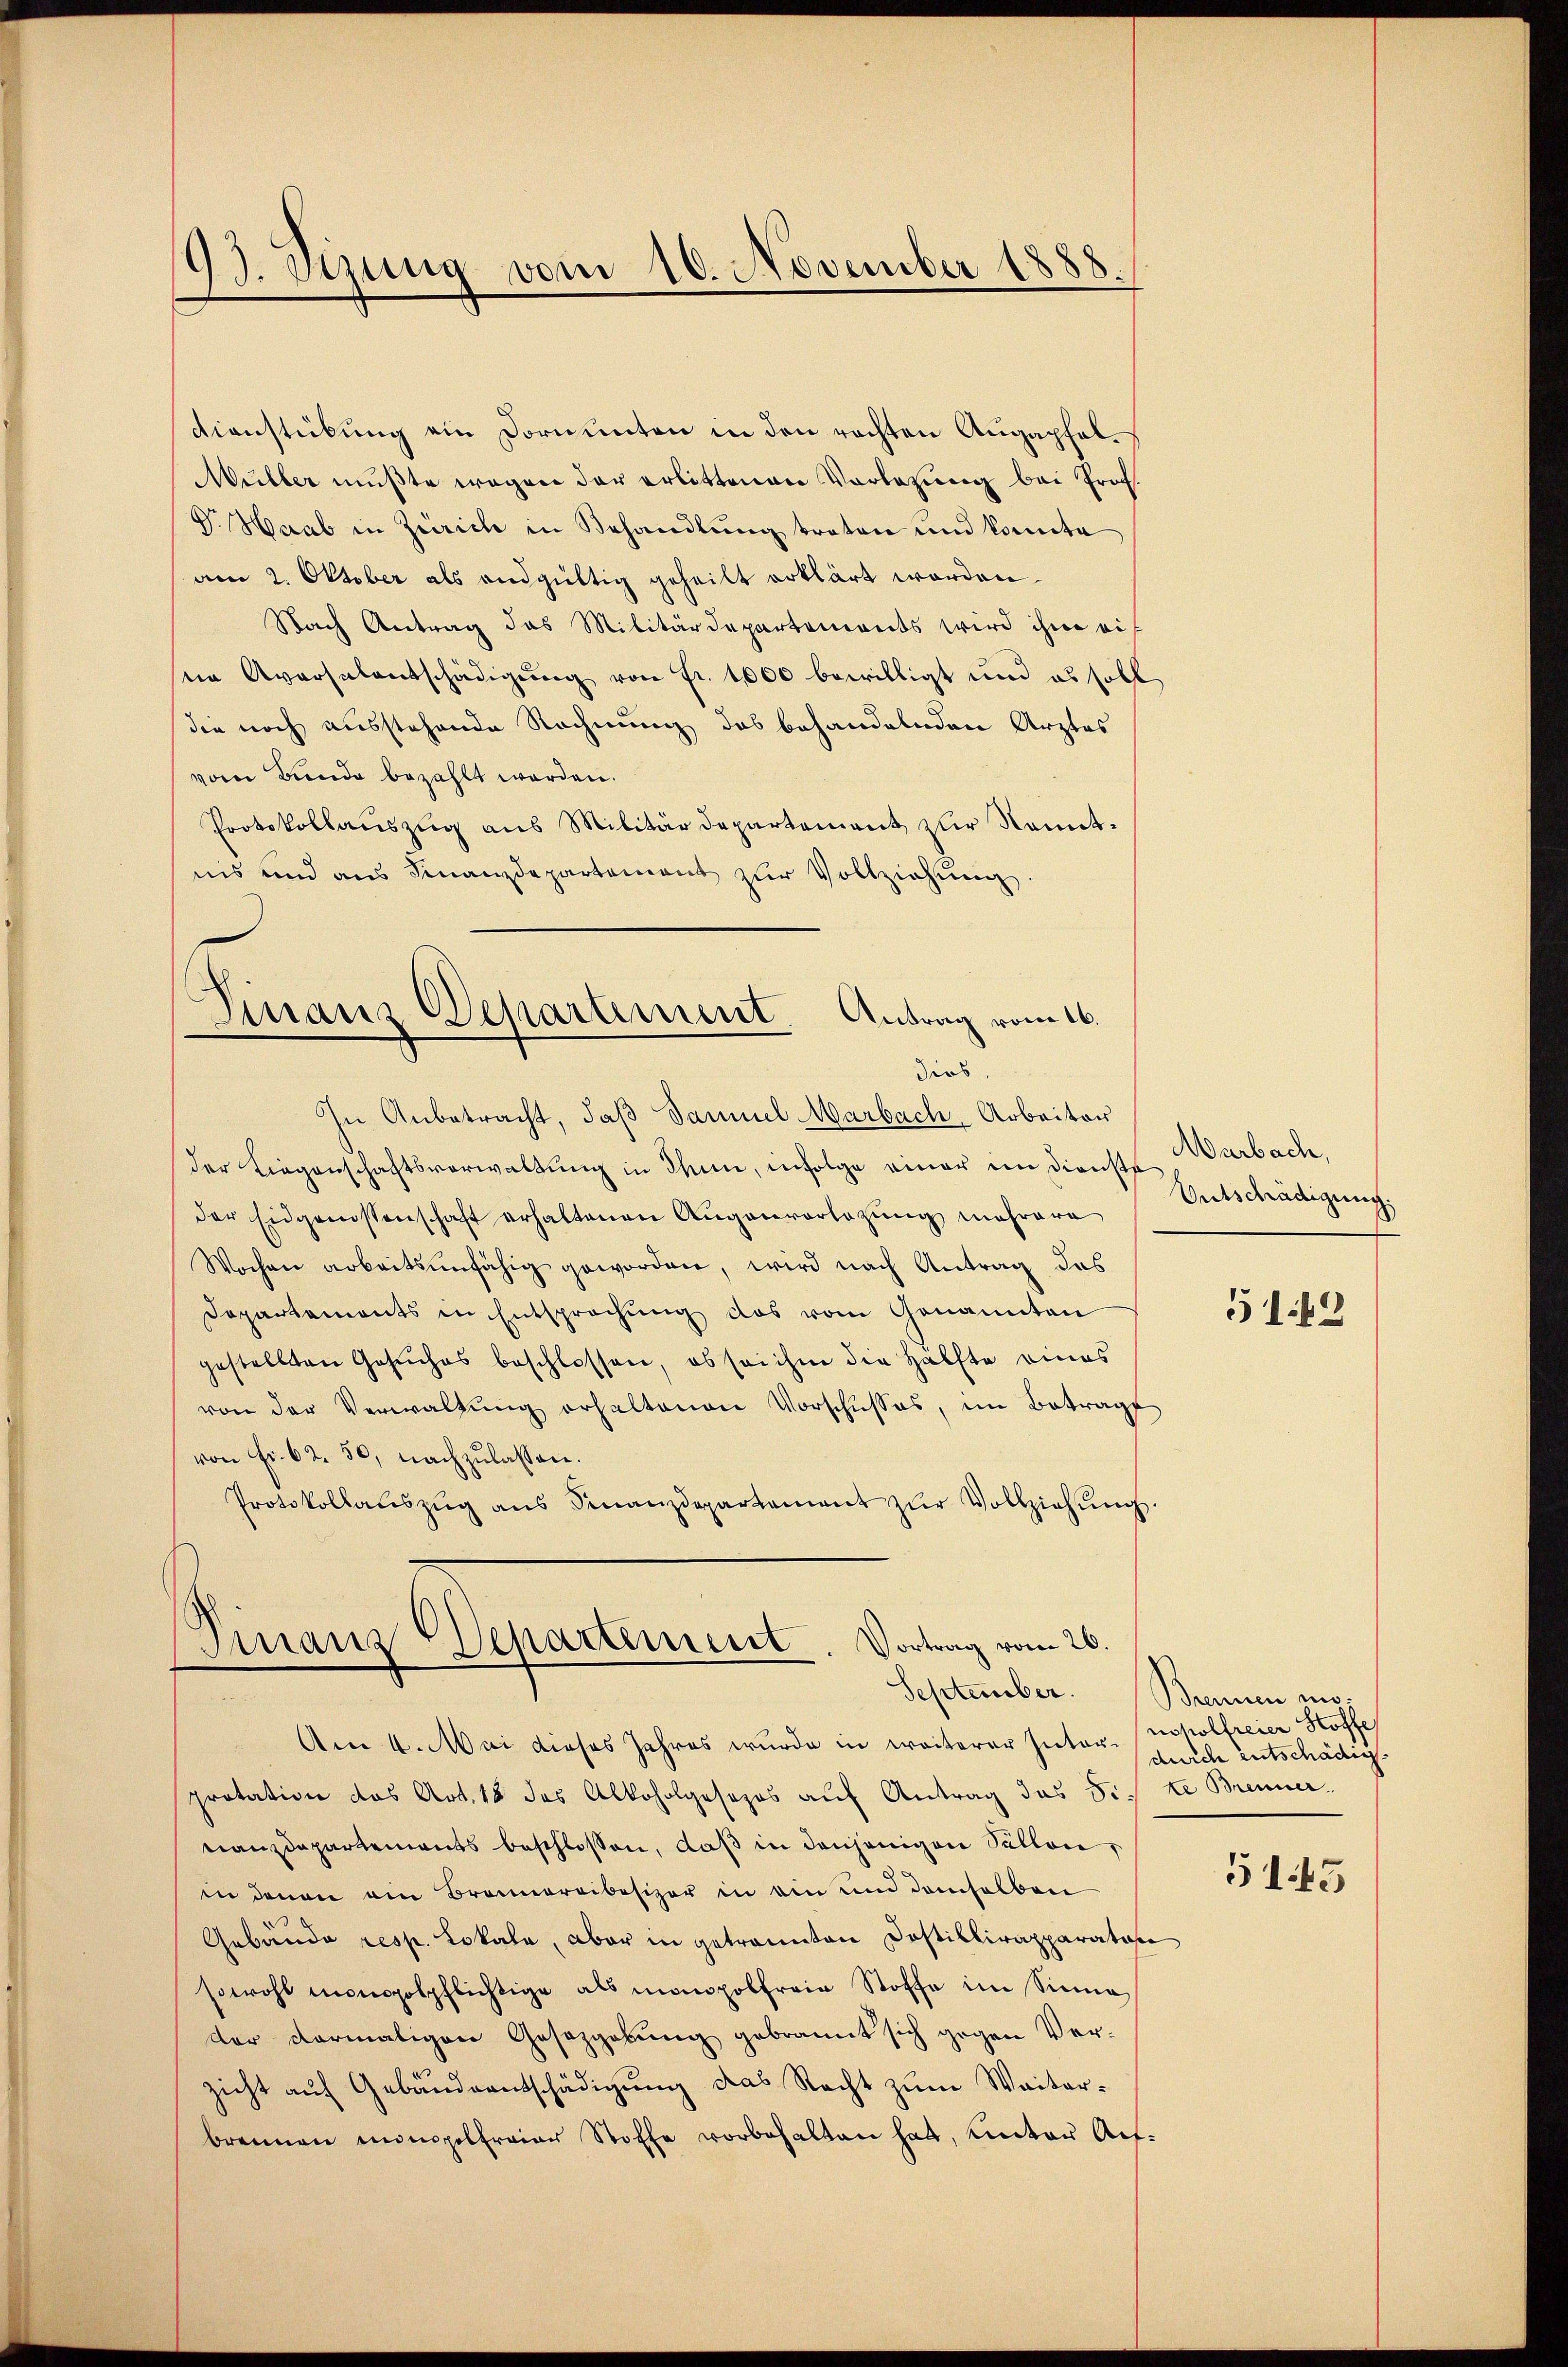
99. Sizung vom 10. November 1888.

Dienstübung ein Dornunten in den rechten Augapfal¬
Müller mußte wegen der erlittenen Vorlesung bei Prof.
V. Haab in Zürich in Behandlung traten und konnte
am 2. Oktober als endgültig geheilt erklärt worden.
Nach Antrag das Militärdepartements wird ihm eif
ne Aversalentschädigŭng von Fr. 1000 bewilligt und es soll
die noch ausstehende Rechnung das behandelnden Arztes
vom Bunde bezahlt worden.
Protokollaŭszŭg aus Militärdepartement zur Nomitnis und aus Finanzdepartement zŭr Vollziehung.
Finanz Departement. Antrag vom 16.
dies
In Anbetracht, daß Samuel Marbach Arbeiter
der Liegenschaftsverwaltung in Thun, infolge einer im Dienste
der Eidgenossenschaft erhaltenen Augenvorlegung mehrere
Wochen arbeitsunfähig geworden, wird nach Antrag das
Departements in Entsprechŭng des vom Genannten
gestellten Gesuches beschlossen, ob sei ihm die Hälfte eines
von der Verwaltung erhaltenen Vorschusses, im Betrage
von Fr. 62. 50, nachzulassen.
Protokollaleszŭg ans Finanzdepartament zŭr Vollziehŭng.

(Finanz Departement. Vortrag vom 26.
September.

Marbach,
Entschädigung,

Am 4. Mai dieses Jahres wurde in weiterer Inter- ncholfreier Stoffe
protation des Art. 12 das Alkoholgesezes aŭf Antrag das Sitte Brenner-
nanzdepartements beschlossen, daß in denjenigen Sollen,
in denen am Brennereibesizer in ein und demselben
Gebäude resp. Lokale, aber in getrannten Dostillirapparatore
sowohl monopolpflichtige als mongolfreie Stoffe im Sinne
der dermaligen Gesezgabŭng gebrannt sich gegen Ver-
zicht auf Gebäudeentschädigung das Recht zum Waiterbrennen monopelfreier Stoffe vorbehalten hat, unter Auf-

5149

Brennen mo-
durch entschädig¬

5145